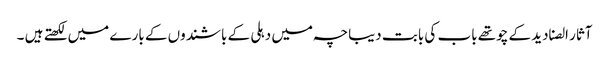
آثار الصنادید کے چوتھے باب کی بابت دیباچہ میں دہلی کے باشندوں کے بارے میں لکھتے ہیں ۔